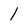
Character: l